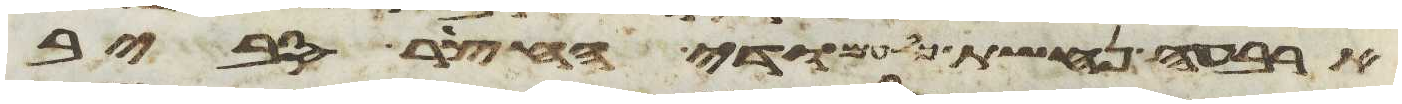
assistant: ארבעה נחשת כל עמודי החצר סביב